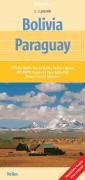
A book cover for Bolivia & Paraguay Map by Nelles (Nelles Map) (English, French, Italian and German Edition); Nelles Verlag; Travel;